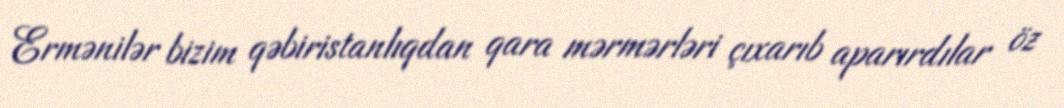
Ermənilər bizim qəbiristanlıqdan qara mərmərləri çıxarıb aparırdılar öz